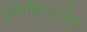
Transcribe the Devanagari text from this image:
इफेक्टिवनेस